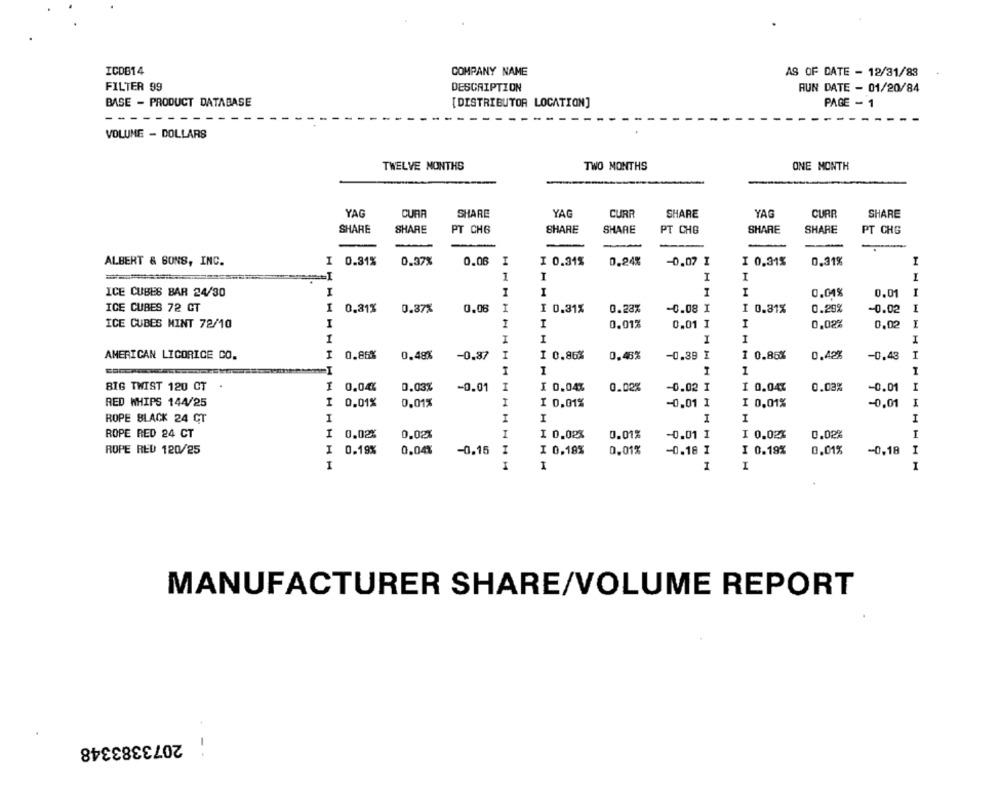
ICDB14
COMPANY NAME
AS OF DATE - 12/31/83
FILTER 99
DESCRIPTION
AUN DATE - 01/20/84
BASE - PRODUCT DATABASE
[DISTRIBUTOR LOCATION]
PAGE - 1
VOLUME - DOLLARS
TWELVE MONTHS
TWO MONTHS
ONE MONTH
YAG
CURA
SHARE
YAG
CURR
SHARE
YAG
CURR
SHARE
SHARE
SHARE
PT CH6
SHARE
SHARE
PT CHB
SHARE
PT CHG
SHARE
-
ALBERT & SONS, INC.
1 0.31%
0.37%
0.06
I
I 0.31%
0.24%
-0.07 I
I 0,31%
0.31%
I
I
I
I
ICE CUBES BAR 24/30
I
I
I
I
I
0.01%
0.01
ICE CUBES 72 CT
I
0,31%
0.37%
0.06
I 0.31%
0.23%
-0.08 I
I 0.81%
0.29%
-0.02
ICE CUBES MINT 72/10
I
I
0.01%
0,01 I
I
0,02%
0,02
1
I
I
I
I
I
AMERICAN LICORICE CO.
I
0.86%
0.48%
-0.87
I
1 0.86%
0.48%
-0.39 I
1 0.86%
0.42%
-0.43
I
I
I
1
1
BIG TWIST 120 CT
I
0.04
0.03%
-0.01
I
I 0.04%
0.02%
-0.02 I
1 0.047
0.03%
-0.01
I
RED WHIPS 144/25
I
0,01%
0,01%
I
1 0.01%
-0.01 I
I 0,01%
-0.01
ROPE BLACK 24 CT
I
I
I
I
I
I
ROPE RED 24 CT
I
0,02%
0.02%
I
1 0.02%
0.01%
-0.01 I
I 0.02%
0.02%
I
ROPE RED 120/25
I
0.19%
0,04%
-0.15
I
I 0.18%
0,01%
0.18 I
I 0.19%
0,01%
-0,18
I
I
I
I
I
I
I
MANUFACTURER SHARE/VOLUME REPORT
2073383348
--